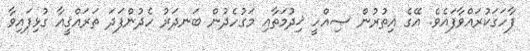
ފާހަގަކުރައްވާފައެވެ. އޭގެ އިތުރުން ޞިއްހީ ޚިދުމަތާއި މަގުހެދުން ބަނދަރު ހެދުންފަދަ ތަރައްޤީއާ ގުޅިފައިވާ